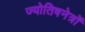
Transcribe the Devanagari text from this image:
ज्योतिषनेत्रों